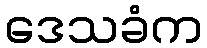
ဒေသခံက